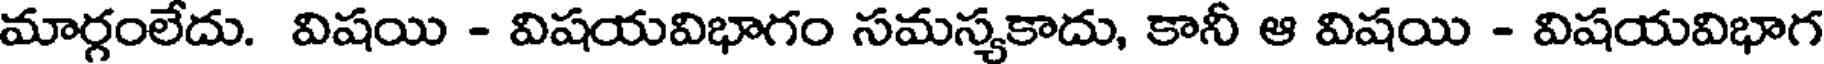
మార్గంలేదు. విషయి - విషయవిభాగం సమస్యకాదు, కానీ ఆ విషయి - విషయవిభాగ